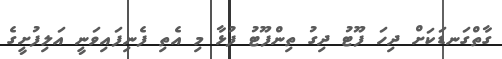
ގާތްގަނޑަކަށް ދިހަ ފޫޓު ދިގު ތިންފޫޓު ފުޅާ މި އެތި ފެނިފައިވަނީ އަލިފުށީގެ